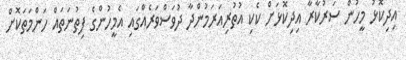
އިދިކޮޅު މީހުން ސަރުކާރާ އިދިކޮޅަށް ކެކި އުތުރިއަރަމުންދާ ދުވަސްވަރެއްގައި އެމީހުންގެ ފިތުނަތައް ހަންމަތަކޮށް